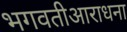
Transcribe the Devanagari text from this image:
भगवतीआराधना